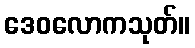
ဒေဝလောကသုတ်။